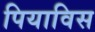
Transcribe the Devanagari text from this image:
पियाविस